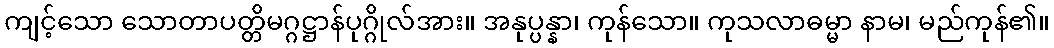
ကျင့်သော သောတာပတ္တိမဂ္ဂဋ္ဌာန်ပုဂ္ဂိုလ်အား။ အနုပ္ပန္နာ၊ ကုန်သော။ ကုသလာဓမ္မာ နာမ၊ မည်ကုန်၏။